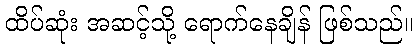
ထိပ်ဆုံး အဆင့်သို့ ရောက်နေချိန် ဖြစ်သည်။